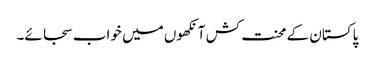
پاکستان کے محنت کش آنکھوں میں خواب سجائے۔